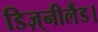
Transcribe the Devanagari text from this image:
डिज़्नीलैंड।